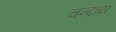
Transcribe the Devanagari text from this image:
चन्द्राय